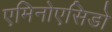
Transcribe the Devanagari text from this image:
एमिनोएसिडों